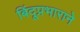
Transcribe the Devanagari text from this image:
बिंदूप्रभाराने